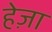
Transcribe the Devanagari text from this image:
हेज़ा